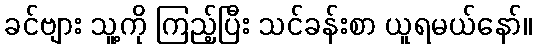
ခင်ဗျား သူ့ကို ကြည့်ပြီး သင်ခန်းစာ ယူရမယ်နော်။